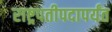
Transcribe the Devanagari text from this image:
राष्ट्रपतीपदापर्यंत